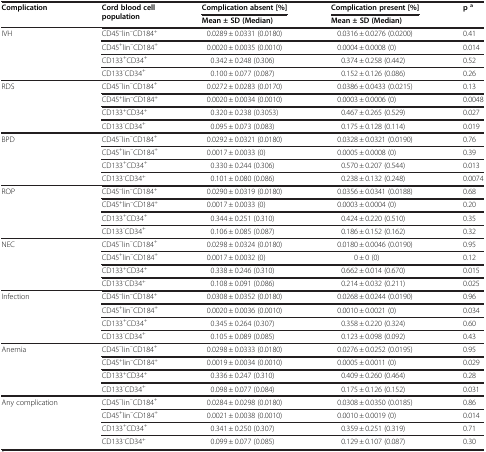
<table><thead><tr><td><b>Complication</b></td><td><b>Cord blood cell population</b></td><td><b>Complication absent [%]</b></td><td><b>Complication present [%]</b></td><td><b>p <sup>a</sup></b></td></tr><tr><td><b> </b></td><td><b> </b></td><td><b>Mean ± SD (Median)</b></td><td><b>Mean ± SD (Median)</b></td><td><b> </b></td></tr></thead><tbody><tr><td>IVH</td><td>CD45<sup>–</sup>lin<sup>–</sup>CD184<sup>+</sup></td><td>0.0289 ± 0.0331 (0.0180)</td><td>0.0316 ± 0.0276 (0.0200)</td><td>0.41</td></tr><tr><td> </td><td>CD45<sup>+</sup>lin<sup>–</sup>CD184<sup>+</sup></td><td>0.0020 ± 0.0035 (0.0010)</td><td>0.0004 ± 0.0008 (0)</td><td>0.014</td></tr><tr><td> </td><td>CD133<sup>+</sup>CD34<sup>+</sup></td><td>0.342 ± 0.248 (0.306)</td><td>0.374 ± 0.258 (0.442)</td><td>0.52</td></tr><tr><td> </td><td>CD133<sup>-</sup>CD34<sup>+</sup></td><td>0.100 ± 0.077 (0.087)</td><td>0.152 ± 0.126 (0.086)</td><td>0.26</td></tr><tr><td>RDS</td><td>CD45<sup>–</sup>lin<sup>–</sup>CD184<sup>+</sup></td><td>0.0272 ± 0.0283 (0.0170)</td><td>0.0386 ± 0.0433 (0.0215)</td><td>0.13</td></tr><tr><td> </td><td>CD45<sup>+</sup>lin<sup>–</sup>CD184<sup>+</sup></td><td>0.0020 ± 0.0034 (0.0010)</td><td>0.0003 ± 0.0006 (0)</td><td>0.0048</td></tr><tr><td> </td><td>CD133<sup>+</sup>CD34<sup>+</sup></td><td>0.320 ± 0.238 (0.3053)</td><td>0.467 ± 0.265 (0.529)</td><td>0.027</td></tr><tr><td> </td><td>CD133<sup>-</sup>CD34<sup>+</sup></td><td>0.095 ± 0.073 (0.083)</td><td>0.175 ± 0.128 (0.114)</td><td>0.019</td></tr><tr><td>BPD</td><td>CD45<sup>–</sup>lin<sup>–</sup>CD184<sup>+</sup></td><td>0.0292 ± 0.0321 (0.0180)</td><td>0.0328 ± 0.0321 (0.0190)</td><td>0.76</td></tr><tr><td> </td><td>CD45<sup>+</sup>lin<sup>–</sup>CD184<sup>+</sup></td><td>0.0017 ± 0.0033 (0)</td><td>0.0005 ± 0.0008 (0)</td><td>0.39</td></tr><tr><td> </td><td>CD133<sup>+</sup>CD34<sup>+</sup></td><td>0.330 ± 0.244 (0.306)</td><td>0.570 ± 0.207 (0.544)</td><td>0.013</td></tr><tr><td> </td><td>CD133<sup>-</sup>CD34<sup>+</sup></td><td>0.101 ± 0.080 (0.086)</td><td>0.238 ± 0.132 (0.248)</td><td>0.0074</td></tr><tr><td>ROP</td><td>CD45<sup>–</sup>lin<sup>–</sup>CD184<sup>+</sup></td><td>0.0290 ± 0.0319 (0.0180)</td><td>0.0356 ± 0.0341 (0.0188)</td><td>0.68</td></tr><tr><td> </td><td>CD45<sup>+</sup>lin<sup>–</sup>CD184<sup>+</sup></td><td>0.0017 ± 0.0033 (0)</td><td>0.0003 ± 0.0004 (0)</td><td>0.20</td></tr><tr><td> </td><td>CD133<sup>+</sup>CD34<sup>+</sup></td><td>0.344 ± 0.251 (0.310)</td><td>0.424 ± 0.220 (0.510)</td><td>0.35</td></tr><tr><td> </td><td>CD133<sup>-</sup>CD34<sup>+</sup></td><td>0.106 ± 0.085 (0.087)</td><td>0.186 ± 0.152 (0.162)</td><td>0.32</td></tr><tr><td>NEC</td><td>CD45<sup>–</sup>lin<sup>–</sup>CD184<sup>+</sup></td><td>0.0298 ± 0.0324 (0.0180)</td><td>0.0180 ± 0.0046 (0.0190)</td><td>0.95</td></tr><tr><td> </td><td>CD45<sup>+</sup>lin<sup>–</sup>CD184<sup>+</sup></td><td>0.0017 ± 0.0032 (0)</td><td>0 ± 0 (0)</td><td>0.12</td></tr><tr><td> </td><td>CD133<sup>+</sup>CD34<sup>+</sup></td><td>0.338 ± 0.246 (0.310)</td><td>0.662 ± 0.014 (0.670)</td><td>0.015</td></tr><tr><td> </td><td>CD133<sup>-</sup>CD34<sup>+</sup></td><td>0.108 ± 0.091 (0.086)</td><td>0.214 ± 0.032 (0.211)</td><td>0.025</td></tr><tr><td>Infection</td><td>CD45<sup>–</sup>lin<sup>–</sup>CD184<sup>+</sup></td><td>0.0308 ± 0.0352 (0.0180)</td><td>0.0268 ± 0.0244 (0.0190)</td><td>0.96</td></tr><tr><td> </td><td>CD45<sup>+</sup>lin<sup>–</sup>CD184<sup>+</sup></td><td>0.0020 ± 0.0036 (0.0010)</td><td>0.0010 ± 0.0021 (0)</td><td>0.034</td></tr><tr><td> </td><td>CD133<sup>+</sup>CD34<sup>+</sup></td><td>0.345 ± 0.264 (0.307)</td><td>0.358 ± 0.220 (0.324)</td><td>0.60</td></tr><tr><td> </td><td>CD133<sup>-</sup>CD34<sup>+</sup></td><td>0.105 ± 0.089 (0.085)</td><td>0.123 ± 0.098 (0.092)</td><td>0.43</td></tr><tr><td>Anemia</td><td>CD45<sup>–</sup>lin<sup>–</sup>CD184<sup>+</sup></td><td>0.0298 ± 0.0333 (0.0180)</td><td>0.0276 ± 0.0252 (0.0195)</td><td>0.95</td></tr><tr><td> </td><td>CD45<sup>+</sup>lin<sup>–</sup>CD184<sup>+</sup></td><td>0.0019 ± 0.0034 (0.0010)</td><td>0.0005 ± 0.0011 (0)</td><td>0.029</td></tr><tr><td> </td><td>CD133<sup>+</sup>CD34<sup>+</sup></td><td>0.336 ± 0.247 (0.310)</td><td>0.409 ± 0.260 (0.464)</td><td>0.28</td></tr><tr><td> </td><td>CD133<sup>-</sup>CD34<sup>+</sup></td><td>0.098 ± 0.077 (0.084)</td><td>0.175 ± 0.126 (0.152)</td><td>0.031</td></tr><tr><td>Any complication</td><td>CD45<sup>–</sup>lin<sup>–</sup>CD184<sup>+</sup></td><td>0.0284 ± 0.0298 (0.0180)</td><td>0.0308 ± 0.0350 (0.0185)</td><td>0.86</td></tr><tr><td> </td><td>CD45<sup>+</sup>lin<sup>–</sup>CD184<sup>+</sup></td><td>0.0021 ± 0.0038 (0.0010)</td><td>0.0010 ± 0.0019 (0)</td><td>0.014</td></tr><tr><td> </td><td>CD133<sup>+</sup>CD34<sup>+</sup></td><td>0.341 ± 0.250 (0.307)</td><td>0.359 ± 0.251 (0.319)</td><td>0.71</td></tr><tr><td> </td><td>CD133<sup>-</sup>CD34<sup>+</sup></td><td>0.099 ± 0.077 (0.085)</td><td>0.129 ± 0.107 (0.087)</td><td>0.30</td></tr></tbody></table>